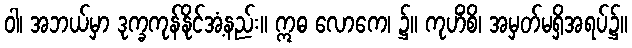
ဝါ၊ အဘယ်မှာ ဒုက္ခကုန်နိုင်အံ့နည်း။ ဣဓ လောကေ၊ ၌။ ကုဟိံစိ၊ အမှတ်မရှိအရပ်၌။